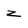
Character: z